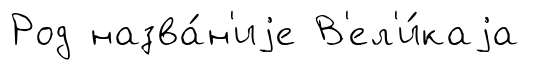
Род назва́н'иjе В'ел'и́каjа